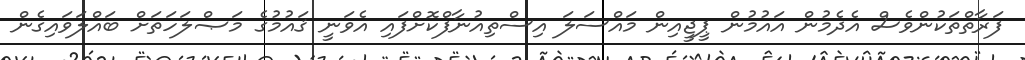
ފަރާތްތަކުންވެސް އެދެމުން އައުމުން ޕީޖީއިން މައްސަލަ އިސްތިއުނާފްކޮށްފައި އެވަނީ ޤައުމުގެ މަޞްލަހަތަށް ބައްލަވައިގެން